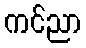
ကင်ညာ